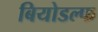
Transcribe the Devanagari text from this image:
बियोडल्फ